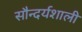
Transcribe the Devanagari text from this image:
सौन्दर्यशाली